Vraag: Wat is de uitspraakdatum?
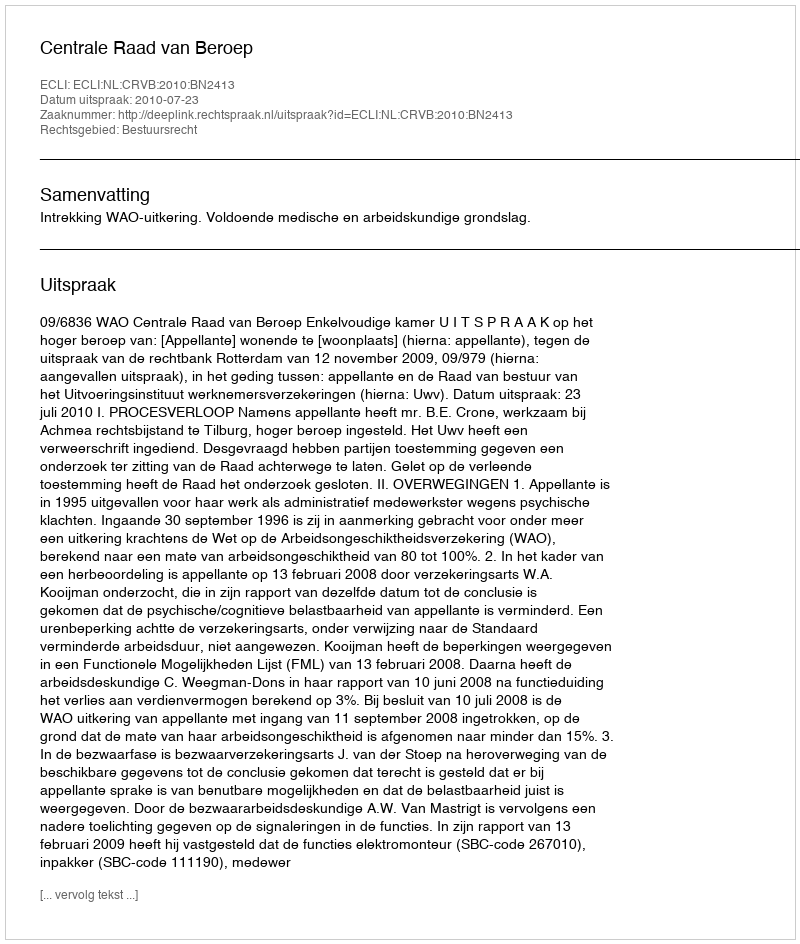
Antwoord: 2010-07-23